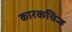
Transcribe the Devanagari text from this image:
कारकचिन्ह